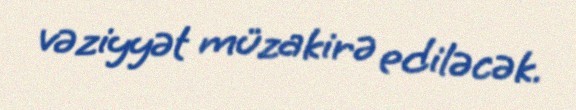
vəziyyət müzakirə ediləcək.